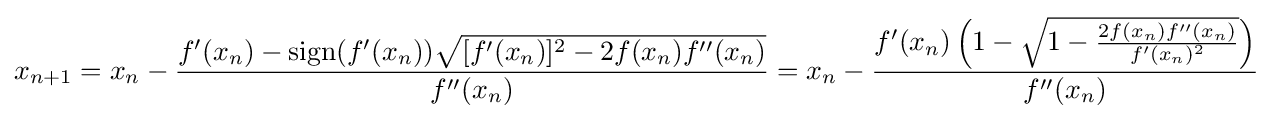
x_{n+1}=x_{n}-{\frac {f'(x_{n})-\operatorname {sign} (f'(x_{n})){\sqrt {[f'(x_{n})]^{2}-2f(x_{n})f''(x_{n})}}}{f''(x_{n})}}=x_{n}-{\frac {f'(x_{n})\left(1-{\sqrt {1-{\frac {2f(x_{n})f''(x_{n})}{f'(x_{n})^{2}}}}}\right)}{f''(x_{n})}}